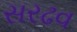
સરઢવ